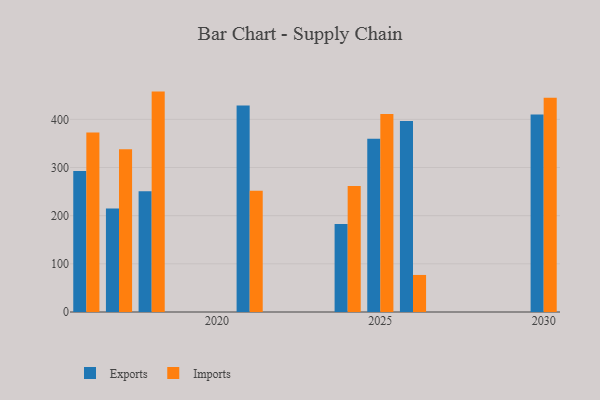
{"axis": {"x": "Year", "y": "Waste Production (Tons)"}, "legend": ["Exports", "Imports"], "data": [{"x": "2025", "y": 359.6, "type": "Exports"}, {"x": "2025", "y": 411.2, "type": "Imports"}, {"x": "2017", "y": 214.7, "type": "Exports"}, {"x": "2017", "y": 337.8, "type": "Imports"}, {"x": "2016", "y": 292.9, "type": "Exports"}, {"x": "2016", "y": 372.7, "type": "Imports"}, {"x": "2026", "y": 396.3, "type": "Exports"}, {"x": "2026", "y": 76.9, "type": "Imports"}, {"x": "2021", "y": 429.0, "type": "Exports"}, {"x": "2021", "y": 251.9, "type": "Imports"}, {"x": "2018", "y": 250.8, "type": "Exports"}, {"x": "2018", "y": 457.6, "type": "Imports"}, {"x": "2030", "y": 410.0, "type": "Exports"}, {"x": "2030", "y": 444.6, "type": "Imports"}, {"x": "2024", "y": 182.6, "type": "Exports"}, {"x": "2024", "y": 261.4, "type": "Imports"}]}